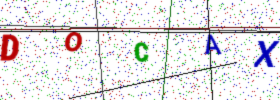
Text: DOCAX